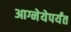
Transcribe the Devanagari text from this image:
आग्नेयेपर्यंत